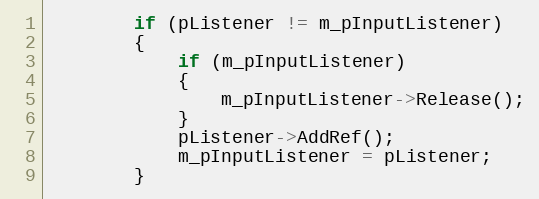
Language: C
		if (pListener != m_pInputListener)
		{
			if (m_pInputListener)
			{
				m_pInputListener->Release();
			}
			pListener->AddRef();
			m_pInputListener = pListener;
		}